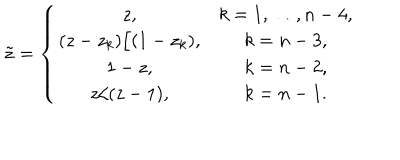
LaTeX: \tilde { z } = \left\{ \begin{array} { c c } { { z , } } & { { k = 1 , \ldots , n - 4 , } } \\ { { ( z - z _ { k } ) / ( 1 - z _ { k } ) , } } & { { k = n - 3 , } } \\ { { 1 - z , } } & { { k = n - 2 , } } \\ { { z / ( z - 1 ) , } } & { { k = n - 1 . } } \\ \end{array} \right.